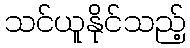
သင်ယူနိုင်သည့်